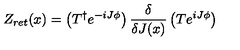
Z _ { r e t } ( x ) = \left( T ^ { \dagger } e ^ { - i J \phi } \right) \frac { \delta } { \delta J ( x ) } \left( T e ^ { i J \phi } \right)